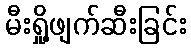
မီးရှို့ဖျက်ဆီးခြင်း